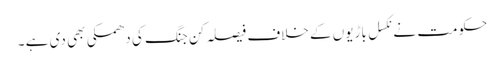
حکومت نے نکسل باڑیوں کے خلاف فیصلہ کن جنگ کی دھمکی بھی دی ہے ۔